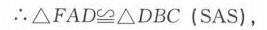
\(\therefore\triangle FAD\cong\triangle DBC\ (\text{SAS})\)，